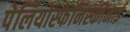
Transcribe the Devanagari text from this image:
पेलियोस्फेनिस्कीनाई